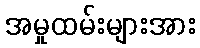
အမှုထမ်းများအား